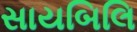
સાયબિલિ